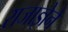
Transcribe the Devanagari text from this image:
राजाज्ञेने